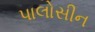
પાલોસીન